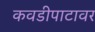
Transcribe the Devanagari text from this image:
कवडीपाटावर